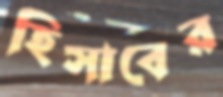
হিসাবের